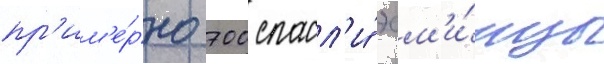
пр'им'е́рно 700 спасл'и́ эсм'и́нцы